Lunatic asylums Madras 1892-1911 - 1892-1911
Year: 1892
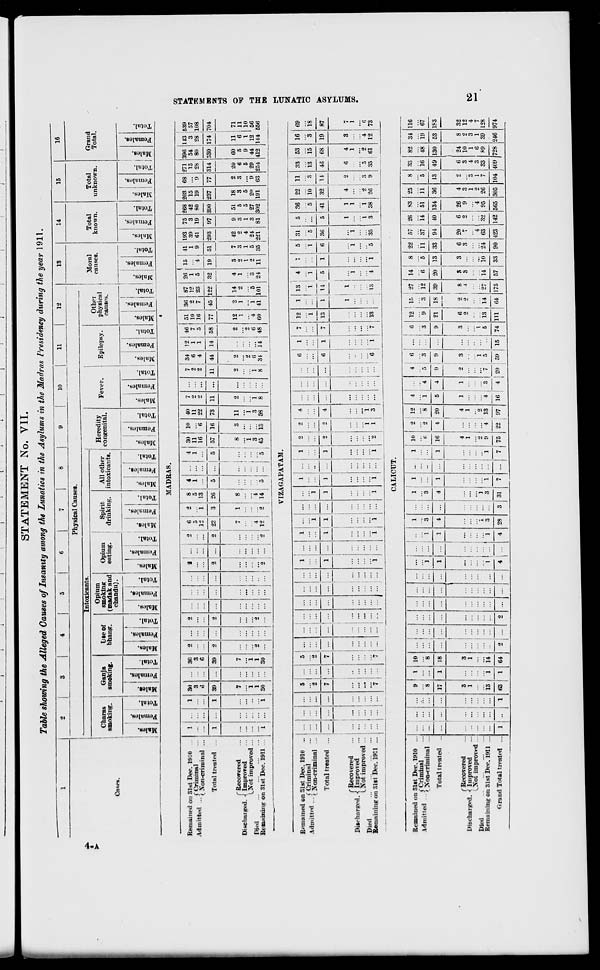
STATEMENT No. VII.
Table showing the Alleged Causes of Insanity among the Lunatics in the Asylums in the Madras Presidency during the year 1911.
1
2
s
i
4
|
5
1
6
7
8
9
10
11
12
13
14
15
16
Physical Causes.
Moral
causes.
Total
known.
Total
unknown.
Grand
Total.
*>
Intoxicants.
Heredity
congenital.
Fever.
Epilepsy.
t-
r
Cliaras
Ganja
Lie of
Opium
smoking
Opium
Spirit
All other
Other
physical j
causes.
smoking.
smoking.
bhang.
(madak and
eating.
drinking.
intoxicants.
Own.
ehandu).
■
■
i
1
X
• s
i 1 3
5 1 *
©
i «
• s
m i -
1 ! £
* I S o
E-
o 1 i\ .
I 3
Si ! c
fc 1 =-
"3
. i
i!
-
■a —
o
EH
' -1
t w 1
•
*
■S
§
* | 8
£ -
1 - 1
1 1 \i
!
s
"3
. 1
CD
Z.
1 !
r 4 * '
e
O
H
A ! S O
EH
O
"3 j
s 1
3
0
EH
C0
i
® | 0
a, j H
X
3
3
. 1
0
•3
£ 3
EH
. 1
X i
£ •
"3 !
X
£
C
^4
3
0
EH
~ 1
1 i
X
0 ]
EH !
1
X 1
Ci !
"3
H 1
e
3
£ ■ a \i
111
3
S
£H
0
MADRAS.
CO
Remained on 31st Dec. I9i0 ...
\Amit**«i
f Criminal
Admitted • Jxou-criminal ...
...
I 30
3
sc
3
C
2 ...
2
ll ... 2 6
5
12
23
i
2
i
3
si f
5
1
26 ! 5
...
4 ! 30
1 1 11
... ! 16
;
1
10
6
1H
40
11
22
73
11
7
2
11
2
...
7
2
2
11
I
134
1
6
Li
j 44
9
12
1
1
46
7
5
51
10
16
36
2
7
87
12
23
122
1
26
1
5
32
4
15
4
19
3
41
1
9
51
7
193
39
61
293
42
75
3
19
97
9
268
42
80
*90
51
203
15
19
237
18
68
9
77
2
271
15
28
314
20
196
54
80
330
60
118
3 I
28
539
57
108
3»
Total treated ...
1
I 39
39
2 ...
2
...
2 ...
2
... j 5 i 57 |
~
!
1
14 58 77 45
1/4 j/U4
69
as
O
1
i
2 Ifl
VI 14
"1 71
f Recovered
7
7
... ... i ...
.
1
8
... j ... ; «
3
1
1
•?,
1
2
3
2
3
6 3 3 6 5 6 ! 11
Discharged, -j Improved
... ... 1 ... ...
::: ; ::: : i
...
"l
3
58
! 2
6
9
1
1
4
1
5
5
5
9
1 10
LNot improved ...
1
1
... 1 ...
; ] —
1
8
1
8
0
4
1
5
3
9
5 24
3 27 2(i
9 29 44 12 ' 56
H
Died
... ...
1
1
o
i ...
4 ... | * | ... j ... | ... | 9 is
34 "1 48 60 41 101 24 11 35 <>21 81 102 191 63 254 412 144 556 a
Remaining on 31st Dec. 1911 ...
1 ...
1
i 30
30
...
... |
2 ... i 2
i
1
12
2 | 14 i a 1 ... : o . in
II
III
J
s
VIZAGAPATAM.
9
1
!
1
1
I
i
2
4
6
1
7 1° 1 13 ! 4 ■.
fi 31
5 86 22 11 33 1 53 16 69
u
Remained on 31st Dec. 1910
...
... | ...
5 j ...
5
...
1
1 ... ...
1
-
M
»J™;4.^
i Criminal
Admitted • ; Non . criminal
... ..
2
'.'.'.
I
... ... "i
"i
::'
...
1
1 ! 1
1
5 ... 5 J! 3 is | is 3 18 Q
j
1
!— TIT TT ——-j—
1
l
l
l
1
2 T 4
...
6
1
7 13
1
14 1 5
1
6 86
5 41 32 U 46 1 68 19 87
00
Total ti«ated ...
1
i
'
1
1
6
4
3
7
■
!
1
1
4
2
( Recovered
... i ... j ...
... 1 ...
... i ...
...
... ... ... ...
...
1
1
1
1
1
1
PiWharped. ■{ Improved
... 1 ...
... ) ... ...
... i ...
...
... ...
...
...
LNot improved ...
... 1 ... i ... ... j ...
...
... . ...
...
... ...
i
1
:
"i
3
...
j
1
1
2
3
5
2
4
0
Died
i
... j
... i ...
... I ...
... ...
...
...
1 ...
! 6
1
7 13
13
4
1
5 35
8 38 26
9 35 61 12 73
Remaining on 3181 Dec. 1911 ... ... | ... | ...
7J... 7 ! ...
i
... 1 ...
1
... j ...
i|...
1
'
l
i
1
2
...
i -
CALICUT.
Remained on 31st Dec. 1910 ...
9
I 10
|
!
l ... 1 1 1 .. .
f
10
1
2 12
4
I
4
6
6 12
1
1 IB 27 14 ■ 8
I
22 57 1 26 83 25 8 33 82 34 116
lA^m^A
i Criminal
Admitted ■) y oa^.rimintil
... ! ...
... i ...
"8
...
8
...
...
1
i 3
"3
if! "2 ] "8
1 ;-4
6
3
3
9
3 12
6
5 11 37 1 ii 51 11 5 16 48 19 67
Total treated
17
1 18 ... | ...
1
T 4 ... 4 1
1
...
16
4
4 I 20
::: | }
5
1
4
1
9
2
9
3
9
3
21
6
9
_ 18 _
2
9
39
1
1 8
1 ^
20
S
ft
13
3
33
6
3
94
20
7
40
6
2
134
26
9
36
4
3
13
9
49
6
3
130
1
24
10
53
8
?
1S3
32
12
("Recovered
3
3
!
Discharged. < Improved
1
1 ... i ...
...
...
1
1
3
4
1
3
4
N
^Xot improved
i
... ... | ...
...
...
2
9
... | ...
1 1
4
4
2
1
8
6
1
7
^
Died
Remaining on 81st Dec. 1911 .
...
13
i i'i
...
...
...
",•
...
'i
3
j
3
1
1
4 13 "4
3
7
5 13 14 27 14 10 24 63 32 95 26
7 83 SO 39 128
nrand Total treated ... i ••
I 63
I
1
64
a
"1 '"
2 ...
...
4 j ... 4 28 3 31 7 ... 7 75 22 ' 97
!
r 4120
1
59 15 74 111 64 175 57 33 90 423 142 565 305 104 409 728 246 974